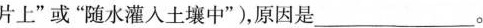
片上”或”随水灌入土壤中”)，原因是___。